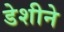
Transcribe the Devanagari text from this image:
डेशीने